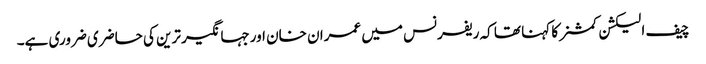
چیف الیکشن کمشنر کا کہنا تھا کہ ریفرنس میں عمران خان اورجہانگیر ترین کی حاضری ضروری ہے۔